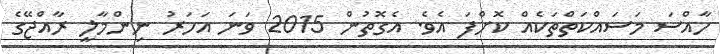
ހާއްސަ މަސައްކަތްތަކެއް ކޮށްފަ އެވެ. އެގޮތުން 2015 ވަނަ އަހަރު ނިންމާލީ ރާއްޖޭގެ